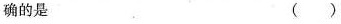
确的是（ ）